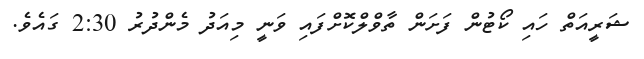
ޝަރީއަތް ހައި ކޯޓުން ފަށަން ތާވްލްކޮށްފައި ވަނީ މިއަދު މެންދުރު 2:30 ގައެވެ.